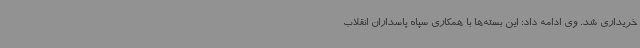
خریداری شد. وی ادامه داد: این بسته‌ها با همکاری سپاه پاسداران انقلاب